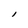
Character: l